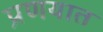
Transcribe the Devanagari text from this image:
प्रणयात